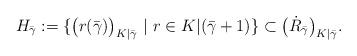
LaTeX: \begin{align*} H_{\bar{\gamma}}:= \{ \big(r(\bar{\gamma})\big)_{K|\bar{\gamma}} \ | \ r \in K|(\bar{\gamma}+1) \} \subset \big( \dot{R}_{\bar{\gamma}} \big)_{K|\bar{\gamma}}. \end{align*}